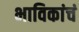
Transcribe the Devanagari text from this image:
भाविकांचं